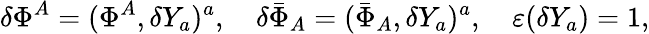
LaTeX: \delta\Phi^{A}=(\Phi^{A},\delta Y_{a})^{a},\quad\delta\bar{\Phi}_{A}=(\bar{\Phi}_{A},\delta Y_{a})^{a},\quad\varepsilon(\delta Y_{a})=1,